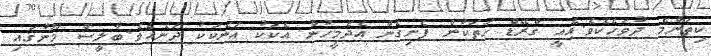
ކިތަންމެ ދުވަހެކެވެ.އެއީ ގްރޭޑް ހަތަކުން ފެށިގެން އެދެމީހުން އެކަކު އަނެކަކު ދަނެއެވެ.ބާލީސް މޫނުގައި